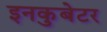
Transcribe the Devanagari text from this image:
इनकुबेटर